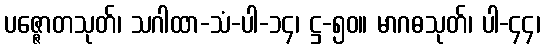
ပဇ္ဇောတသုတ်၊ သဂါထာ-သံ-ပါ-၁၄၊ ဋ္ဌ-၅၀။ မာဂဓသုတ်၊ ပါ-၄၄၊